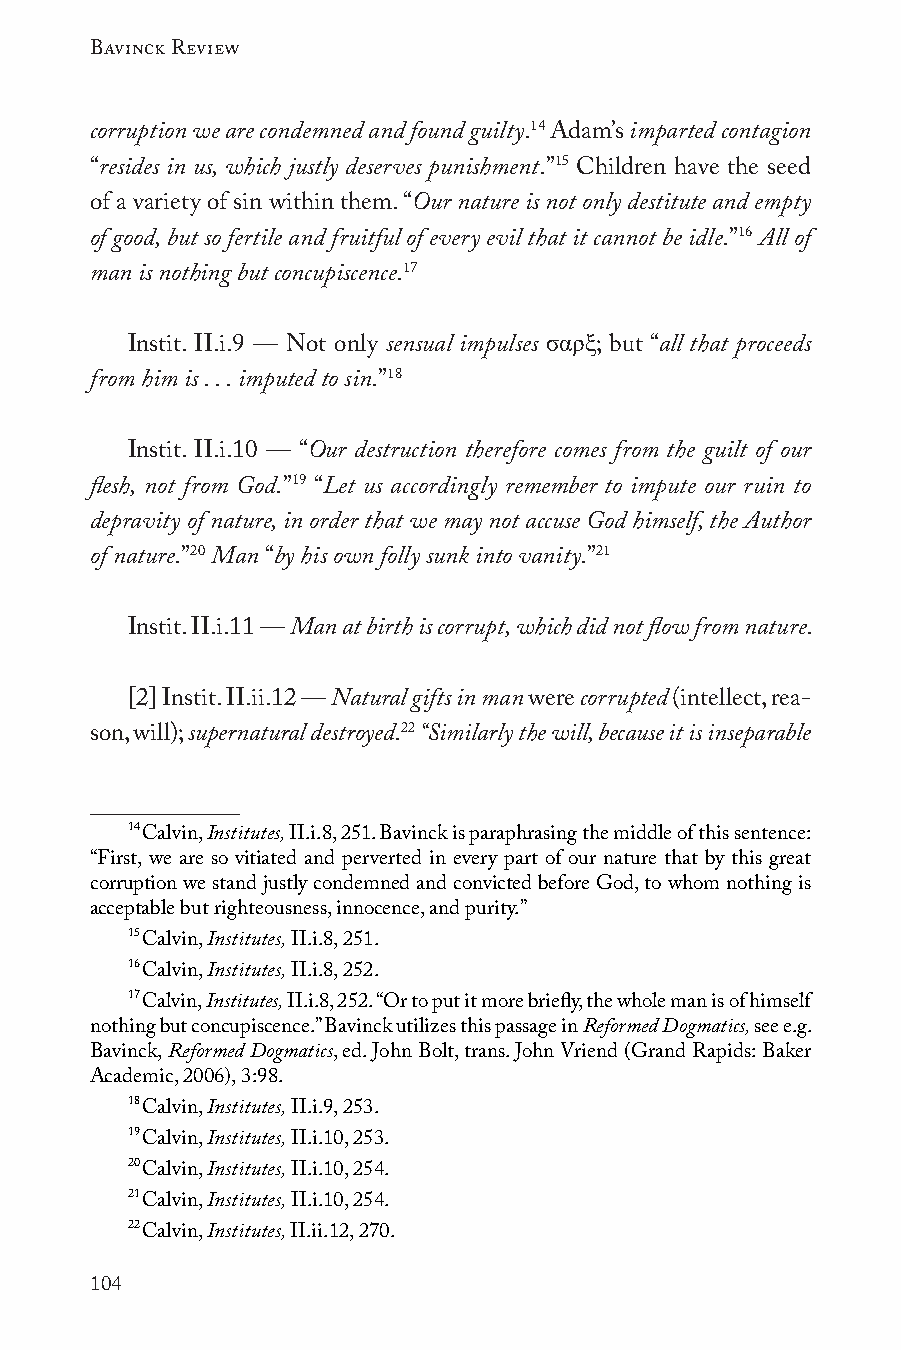
Bavinck Review
 corruption we are condemned and found guilty.14 Adam’s imparted contagion
 “resides in us, which justly deserves punishment.”15 Children have the seed
 of a variety of sin within them. “Our nature is not only destitute and empty
 of good, but so fertile and fruitful of every evil that it cannot be idle.”16 All of
 man is nothing but concupiscence.17
 σαρξ
 Instit. II.i.9 — Not only sensual impulses ; but “all that proceeds
 from him is . . . imputed to sin.”18
 Instit. II.i.10 — “Our destruction therefore comes from the guilt of our
 flesh, not from God.”19 “Let us accordingly remember to impute our ruin to
 depravity of nature, in order that we may not accuse God himself, the Author
 of nature.”20 Man “by his own folly sunk into vanity.”21
 Instit. II.i.11 — Man at birth is corrupt, which did not flow from nature.
 [2] Instit. II.ii.12 — Natural gifts in man were corrupted (intellect, rea-
 son, will); supernatural destroyed.22 “Similarly the will, because it is inseparable
 14
 Calvin, Institutes, II.i.8, 251. Bavinck is paraphrasing the middle of this sentence:
 “First, we are so vitiated and perverted in every part of our nature that by this great
 corruption we stand justly condemned and convicted before God, to whom nothing is
 acceptable but righteousness, innocence, and purity.”
 15
 Calvin, Institutes, II.i.8, 251.
 16
 Calvin, Institutes, II.i.8, 252.
 17
 Calvin, Institutes, II.i.8, 252. “Or to put it more briefly, the whole man is of himself
 nothing but concupiscence.” Bavinck utilizes this passage in Reformed Dogmatics, see e.g.
 Bavinck, Reformed Dogmatics, ed. John Bolt, trans. John Vriend (Grand Rapids: Baker
 Academic, 2006), 3:98.
 18
 Calvin, Institutes, II.i.9, 253.
 19
 Calvin, Institutes, II.i.10, 253.
 20
 Calvin, Institutes, II.i.10, 254.
 21
 Calvin, Institutes, II.i.10, 254.
 22
 Calvin, Institutes, II.ii.12, 270.
 104